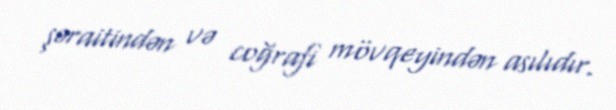
şəraitindən və coğrafi mövqeyindən asılıdır.